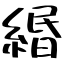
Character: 緡